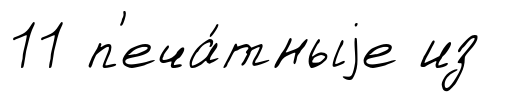
11 п'еча́тныjе из